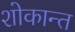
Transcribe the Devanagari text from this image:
शोकान्‍त